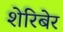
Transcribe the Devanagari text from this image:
शेरिबेर